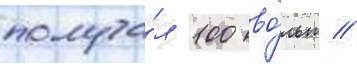
получа́л 100 во́льт //